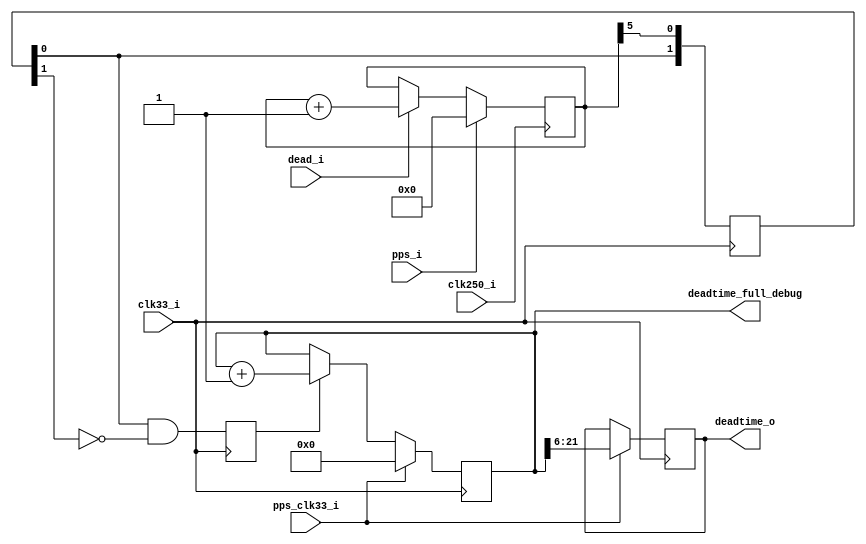
`timescale 1ns / 1ps
////////////////////////////////////////////////////////////////////////////////
// This file is a part of the Antarctic Impulsive Transient Antenna (ANITA)
// project, a collaborative scientific effort between multiple institutions. For
// more information, contact Peter Gorham (gorham@phys.hawaii.edu).
//
// All rights reserved.
//
// Author:
// Author:
////////////////////////////////////////////////////////////////////////////////
module ANITA3_deadtime_counter_v2(
		input clk250_i,
		input clk33_i,
		input dead_i,
		input pps_i,
		input pps_clk33_i,
		output [15:0] deadtime_o,
		output [21:0] deadtime_full_debug
		
    );

	reg deadtime_flag = 0;
	reg [5:0] deadtime_counter = {6{1'b0}};
	reg [1:0] deadtime_div32_clk33;
	reg [21:0] deadtime_counter_clk33 = {23{1'b0}};
	reg [15:0] deadtime_scaler = {16{1'b0}};
	always @(posedge clk250_i) begin
		if (pps_i) deadtime_counter <= {6{1'b0}};
		else if (dead_i) deadtime_counter <= deadtime_counter + 1; // so this is a counter mod 64 - the MSb will toggle 0-1 exactly once 
																					  // every 64 counts - on the and it will stay on for 32 clock cycles
																					  // minimum = 32*4ns=128 ns -  which is plenty to be latched on the 33MHz domain
	end
	// We're now counting 256 ns increments, so we need 22 bits.
	always @(posedge clk33_i) begin
		deadtime_div32_clk33 <= {deadtime_div32_clk33[0],deadtime_counter[5]};
		deadtime_flag <= deadtime_div32_clk33[0] && !deadtime_div32_clk33[1];
		if (pps_clk33_i) deadtime_counter_clk33 <= {22{1'b0}};
		else if (deadtime_flag) deadtime_counter_clk33 <= deadtime_counter_clk33 + 1;

		// These are now 256ns*2^6=16.384 us increments.
		if (pps_clk33_i) deadtime_scaler <= deadtime_counter_clk33[21:6];
	end
	assign deadtime_o = deadtime_scaler;
	assign deadtime_full_debug = deadtime_counter_clk33;
	
	
endmodule